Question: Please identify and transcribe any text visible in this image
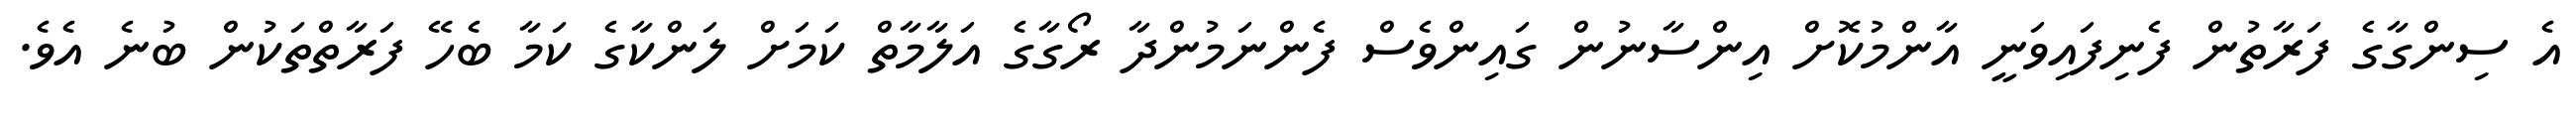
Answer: އެ ސިންގާގެ ފަރާތުން ފެނިފައިވަނީ އާންމުކޮށް އިންސާނުން ގައިންވެސް ފެންނަމުންދާ ރޯގާގެ އަލާމާތް ކަމަށް ލަންކާގެ ކަމާ ބެހޭ ފަރާތްތަކުން ބުނެ އެވެ.